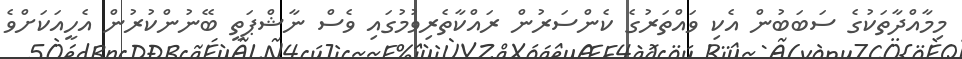
މިމާއްދާތަކުގެ ސަބަބުން އެކި ވައްތަރުގެ ކެންސަރުން ރައްކާތެރިވުމުގައި ވެސް ނާޝްޕަތީ ބޭނުންކުރުން އެހީއަކަށްވެ